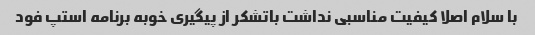
با سلام اصلا کیفیت مناسبی نداشت باتشکر از پیگیری خوبه برنامه استپ فود